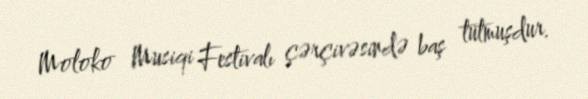
Moloko Musiqi Festivalı çərçivəsində baş tutmuşdur.